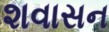
શવાસન